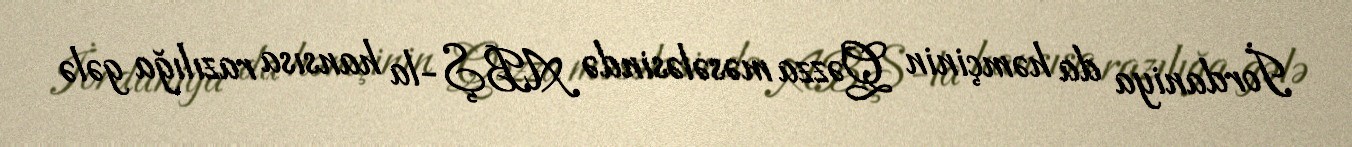
İordaniya da həmçinin Qəzza məsələsində ABŞ-la hansısa razılığa gələ